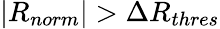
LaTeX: \left|R_{norm}\right|>\Delta R_{thres}